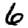
Digit: 6